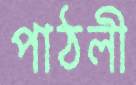
পাঠলী